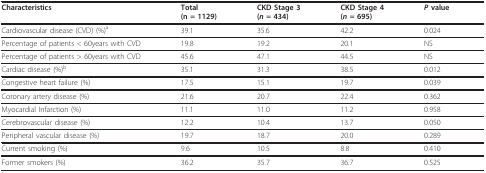
<table><thead><tr><td><b>Characteristics</b></td><td><b>Total(n = 1129)</b></td><td><b>CKD Stage 3(<i>n </i>= 434)</b></td><td><b>CKD Stage 4(<i>n </i>= 695)</b></td><td><b><i>P </i>value</b></td></tr></thead><tbody><tr><td>Cardiovascular disease (CVD) (%)<sup>a</sup></td><td>39.1</td><td>35.6</td><td>42.2</td><td>0.024</td></tr><tr><td>Percentage of patients &lt; 60years with CVD</td><td>19.8</td><td>19.2</td><td>20.1</td><td>NS</td></tr><tr><td>Percentage of patients &gt; 60years with CVD</td><td>45.6</td><td>47.1</td><td>44.5</td><td>NS</td></tr><tr><td>Cardiac disease (%)<sup>b</sup></td><td>35.1</td><td>31.3</td><td>38.5</td><td>0.012</td></tr><tr><td>Congestive heart failure (%)</td><td>17.5</td><td>15.1</td><td>19.7</td><td>0.039</td></tr><tr><td>Coronary artery disease (%)</td><td>21.6</td><td>20.7</td><td>22.4</td><td>0.362</td></tr><tr><td>Myocardial Infarction (%)</td><td>11.1</td><td>11.0</td><td>11.2</td><td>0.958</td></tr><tr><td>Cerebrovascular disease (%)</td><td>12.2</td><td>10.4</td><td>13.7</td><td>0.050</td></tr><tr><td>Peripheral vascular disease (%)</td><td>19.7</td><td>18.7</td><td>20.0</td><td>0.289</td></tr><tr><td>Current smoking (%)</td><td>9.6</td><td>10.5</td><td>8.8</td><td>0.410</td></tr><tr><td>Former smokers (%)</td><td>36.2</td><td>35.7</td><td>36.7</td><td>0.525</td></tr></tbody></table>